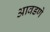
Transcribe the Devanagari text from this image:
आवडणे